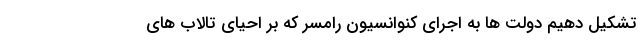
تشکیل دهیم دولت ها به اجرای کنوانسیون رامسر که بر احیای تالاب های